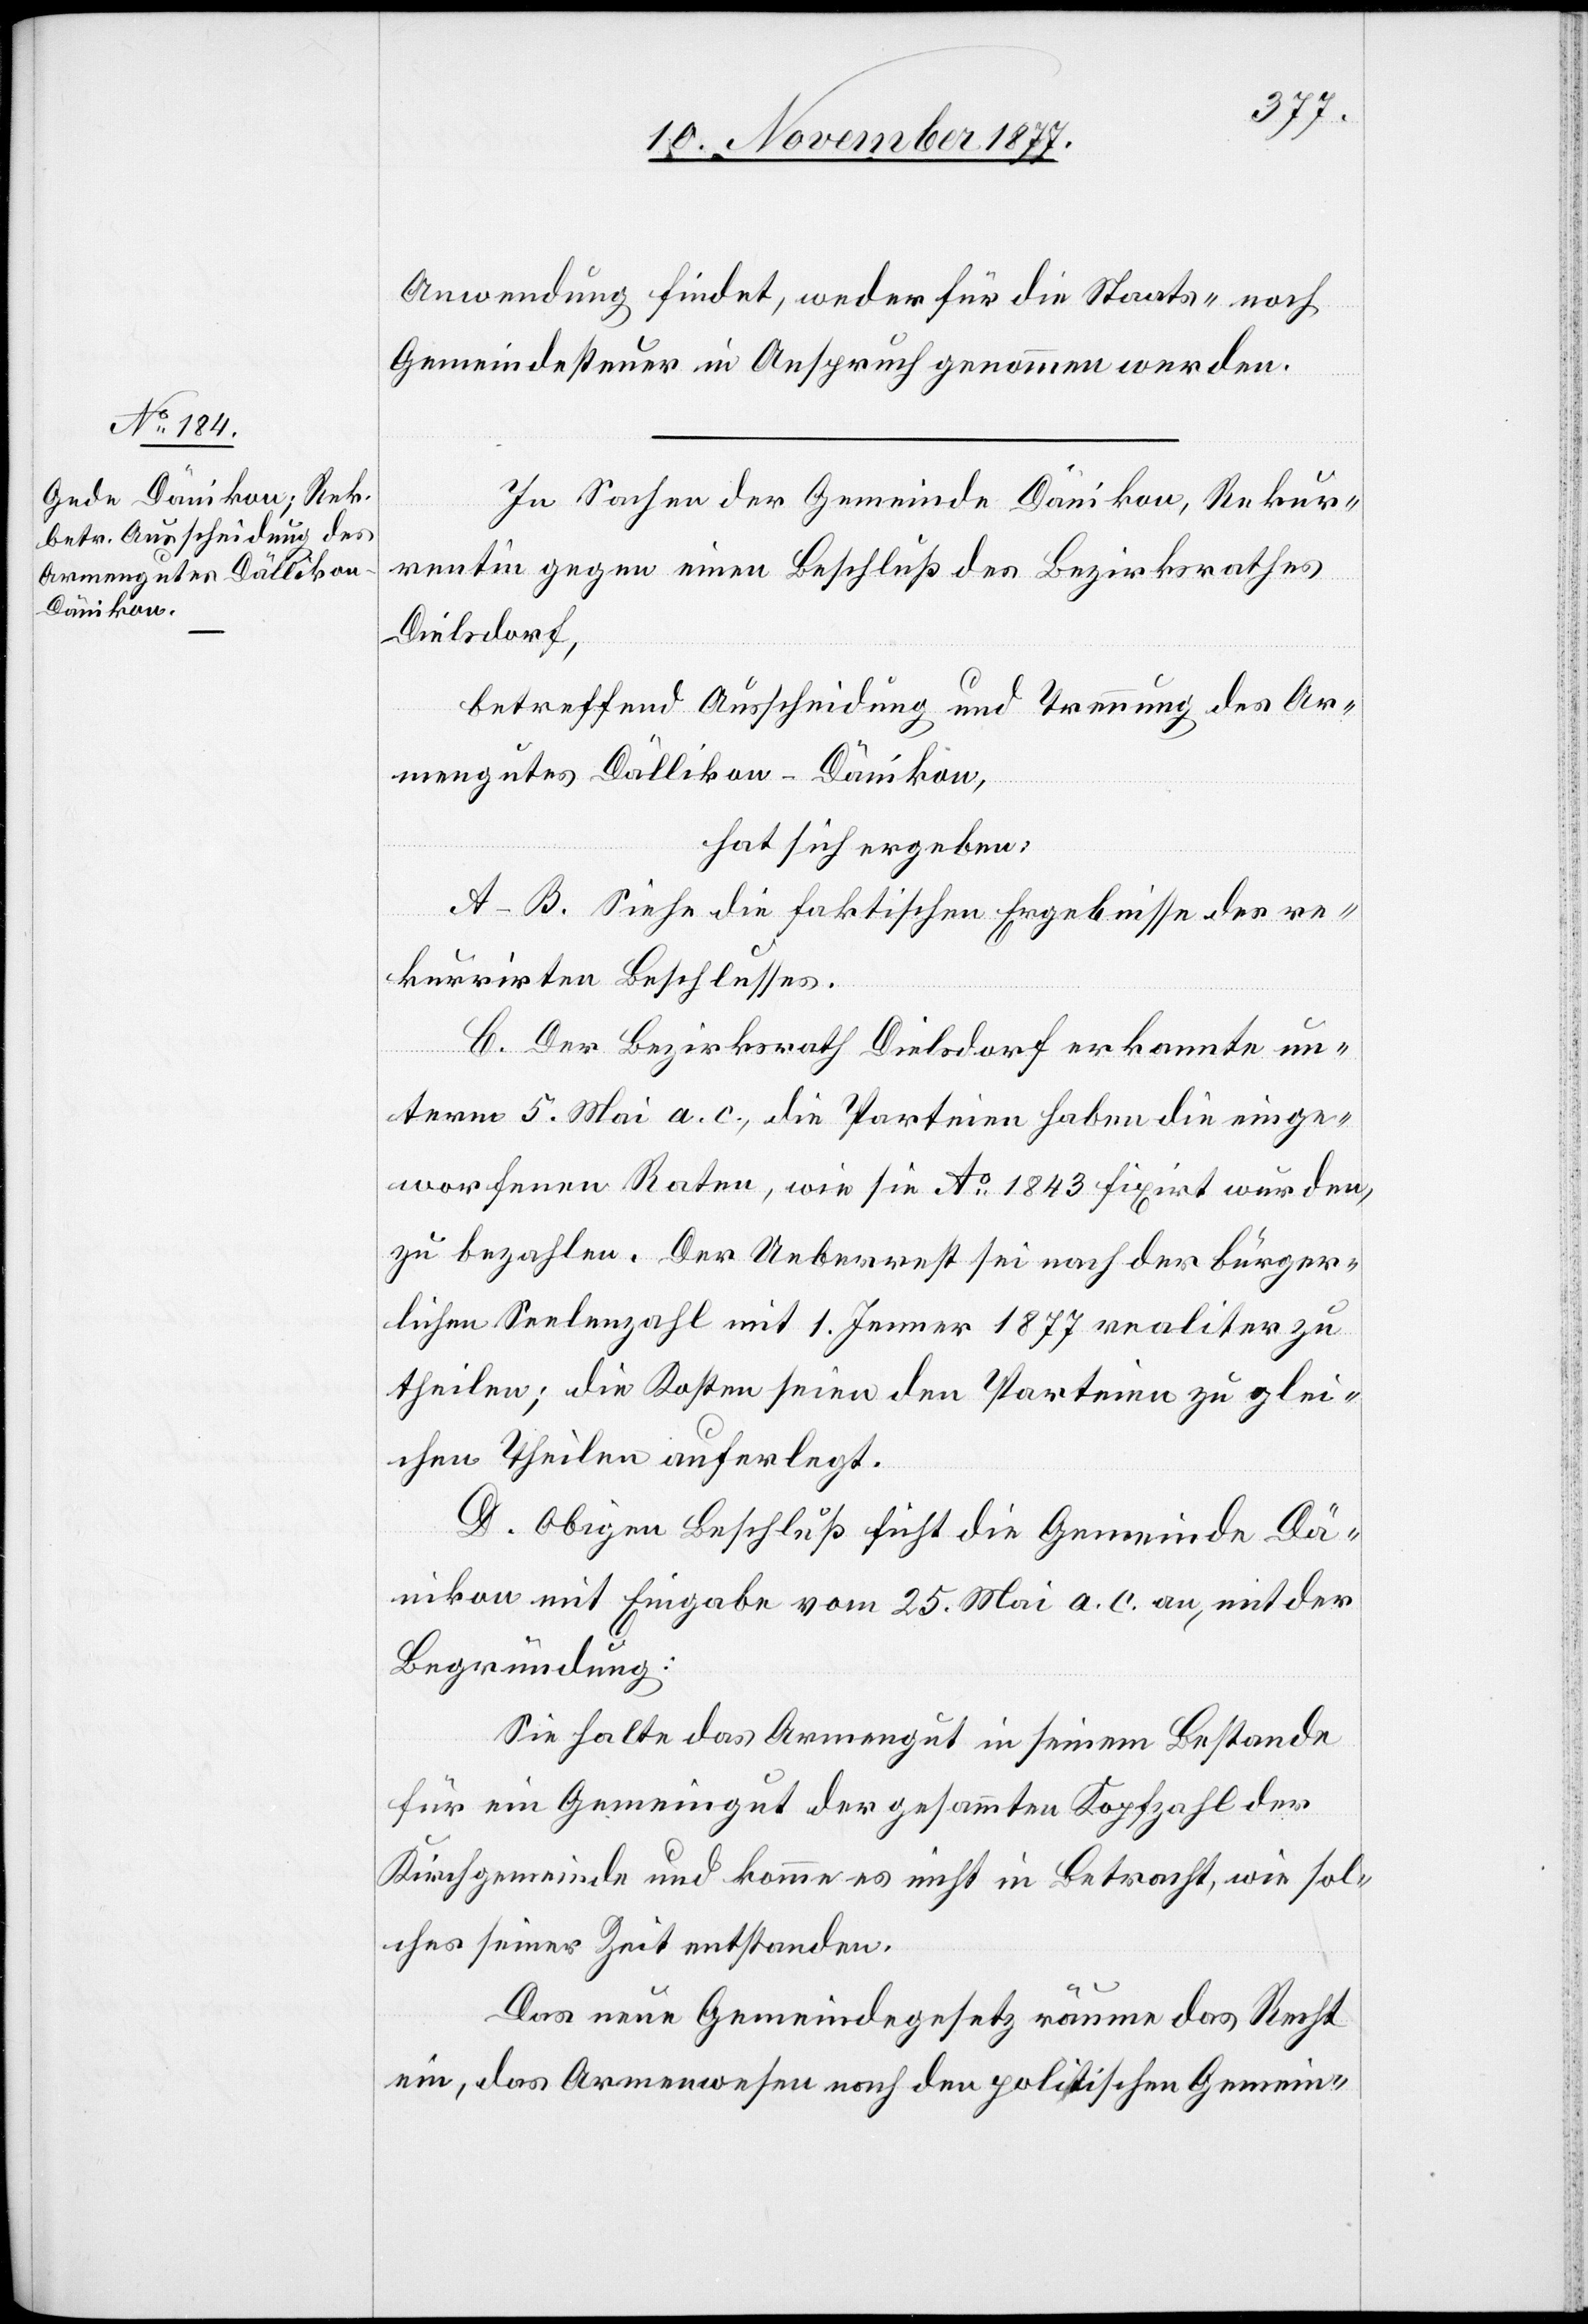
Anwendung findet, weder für die Staats- noch
Gemeindesteuer in Anspruch genommen werden.